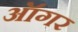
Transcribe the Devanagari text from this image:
ऑगर